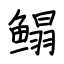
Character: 鳎